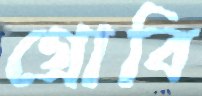
গ্রোবি